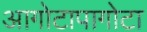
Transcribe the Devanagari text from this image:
आगोटापागोटा